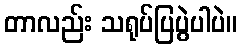
တာလည်း သရုပ်ပြပွဲပါပဲ။